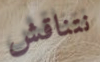
نتناقش